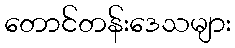
တောင်တန်းဒေသများ